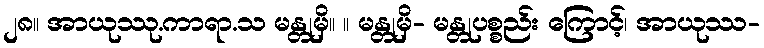
၂၈။ အာယုဿု.ကာရာ.သ မန္တုမှိ။ ။ မန္တုမှိ- မန္တုပစ္စည်း ကြောင့်၊ အာယုဿ-